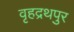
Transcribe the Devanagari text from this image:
वृहद्रथपुर